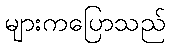
များကပြောသည်